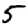
Digit: 5